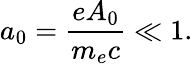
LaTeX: a_{0}=\frac{eA_{0}}{m_{e}c}\ll 1.